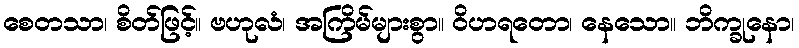
စေတသာ၊ စိတ်ဖြင့်။ ဗဟုလံ၊ အကြိမ်များစွာ။ ဝိဟရတော၊ နေသော။ ဘိက္ခုနော၊